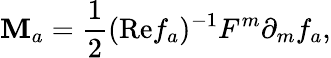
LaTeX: \mathbf{M}_{a}={\frac{{1}}{{2}}}(\mathrm{{Re}}f_{a})^{-1}F^{m}\partial_{m}f_{a},